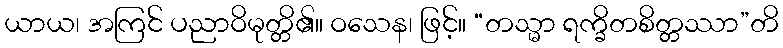
ယာယ၊ အကြင် ပညာဝိမုတ္တိ၏။ ဝသေန၊ ဖြင့်။ “တသ္မာ ရက္ခိတစိတ္တဿာ”တိ